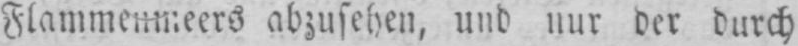
Flammenmeers abzusehen, und nur der durch